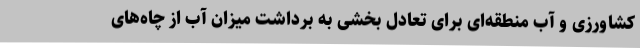
کشاورزی و آب منطقه‌ای برای تعادل بخشی به برداشت میزان آب از چاه‌های